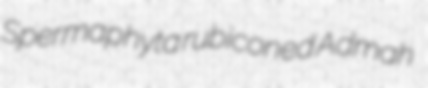
Spermaphyta rubiconed Admah